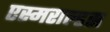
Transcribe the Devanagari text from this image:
एस्मराल्डस